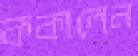
ককালেন